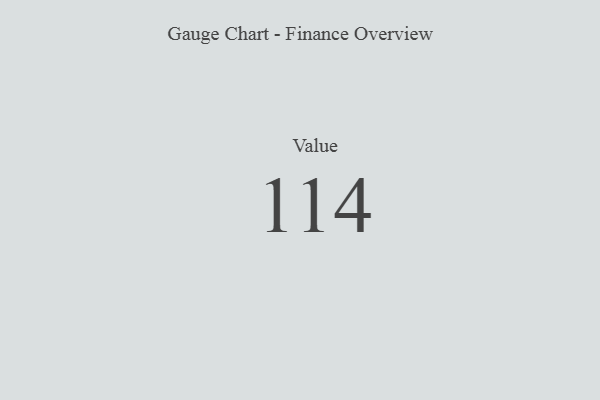
{"axis": {"x": "Metric", "y": "Value"}, "legend": [""], "data": [{"x": "Value", "y": 114, "type": ""}]}